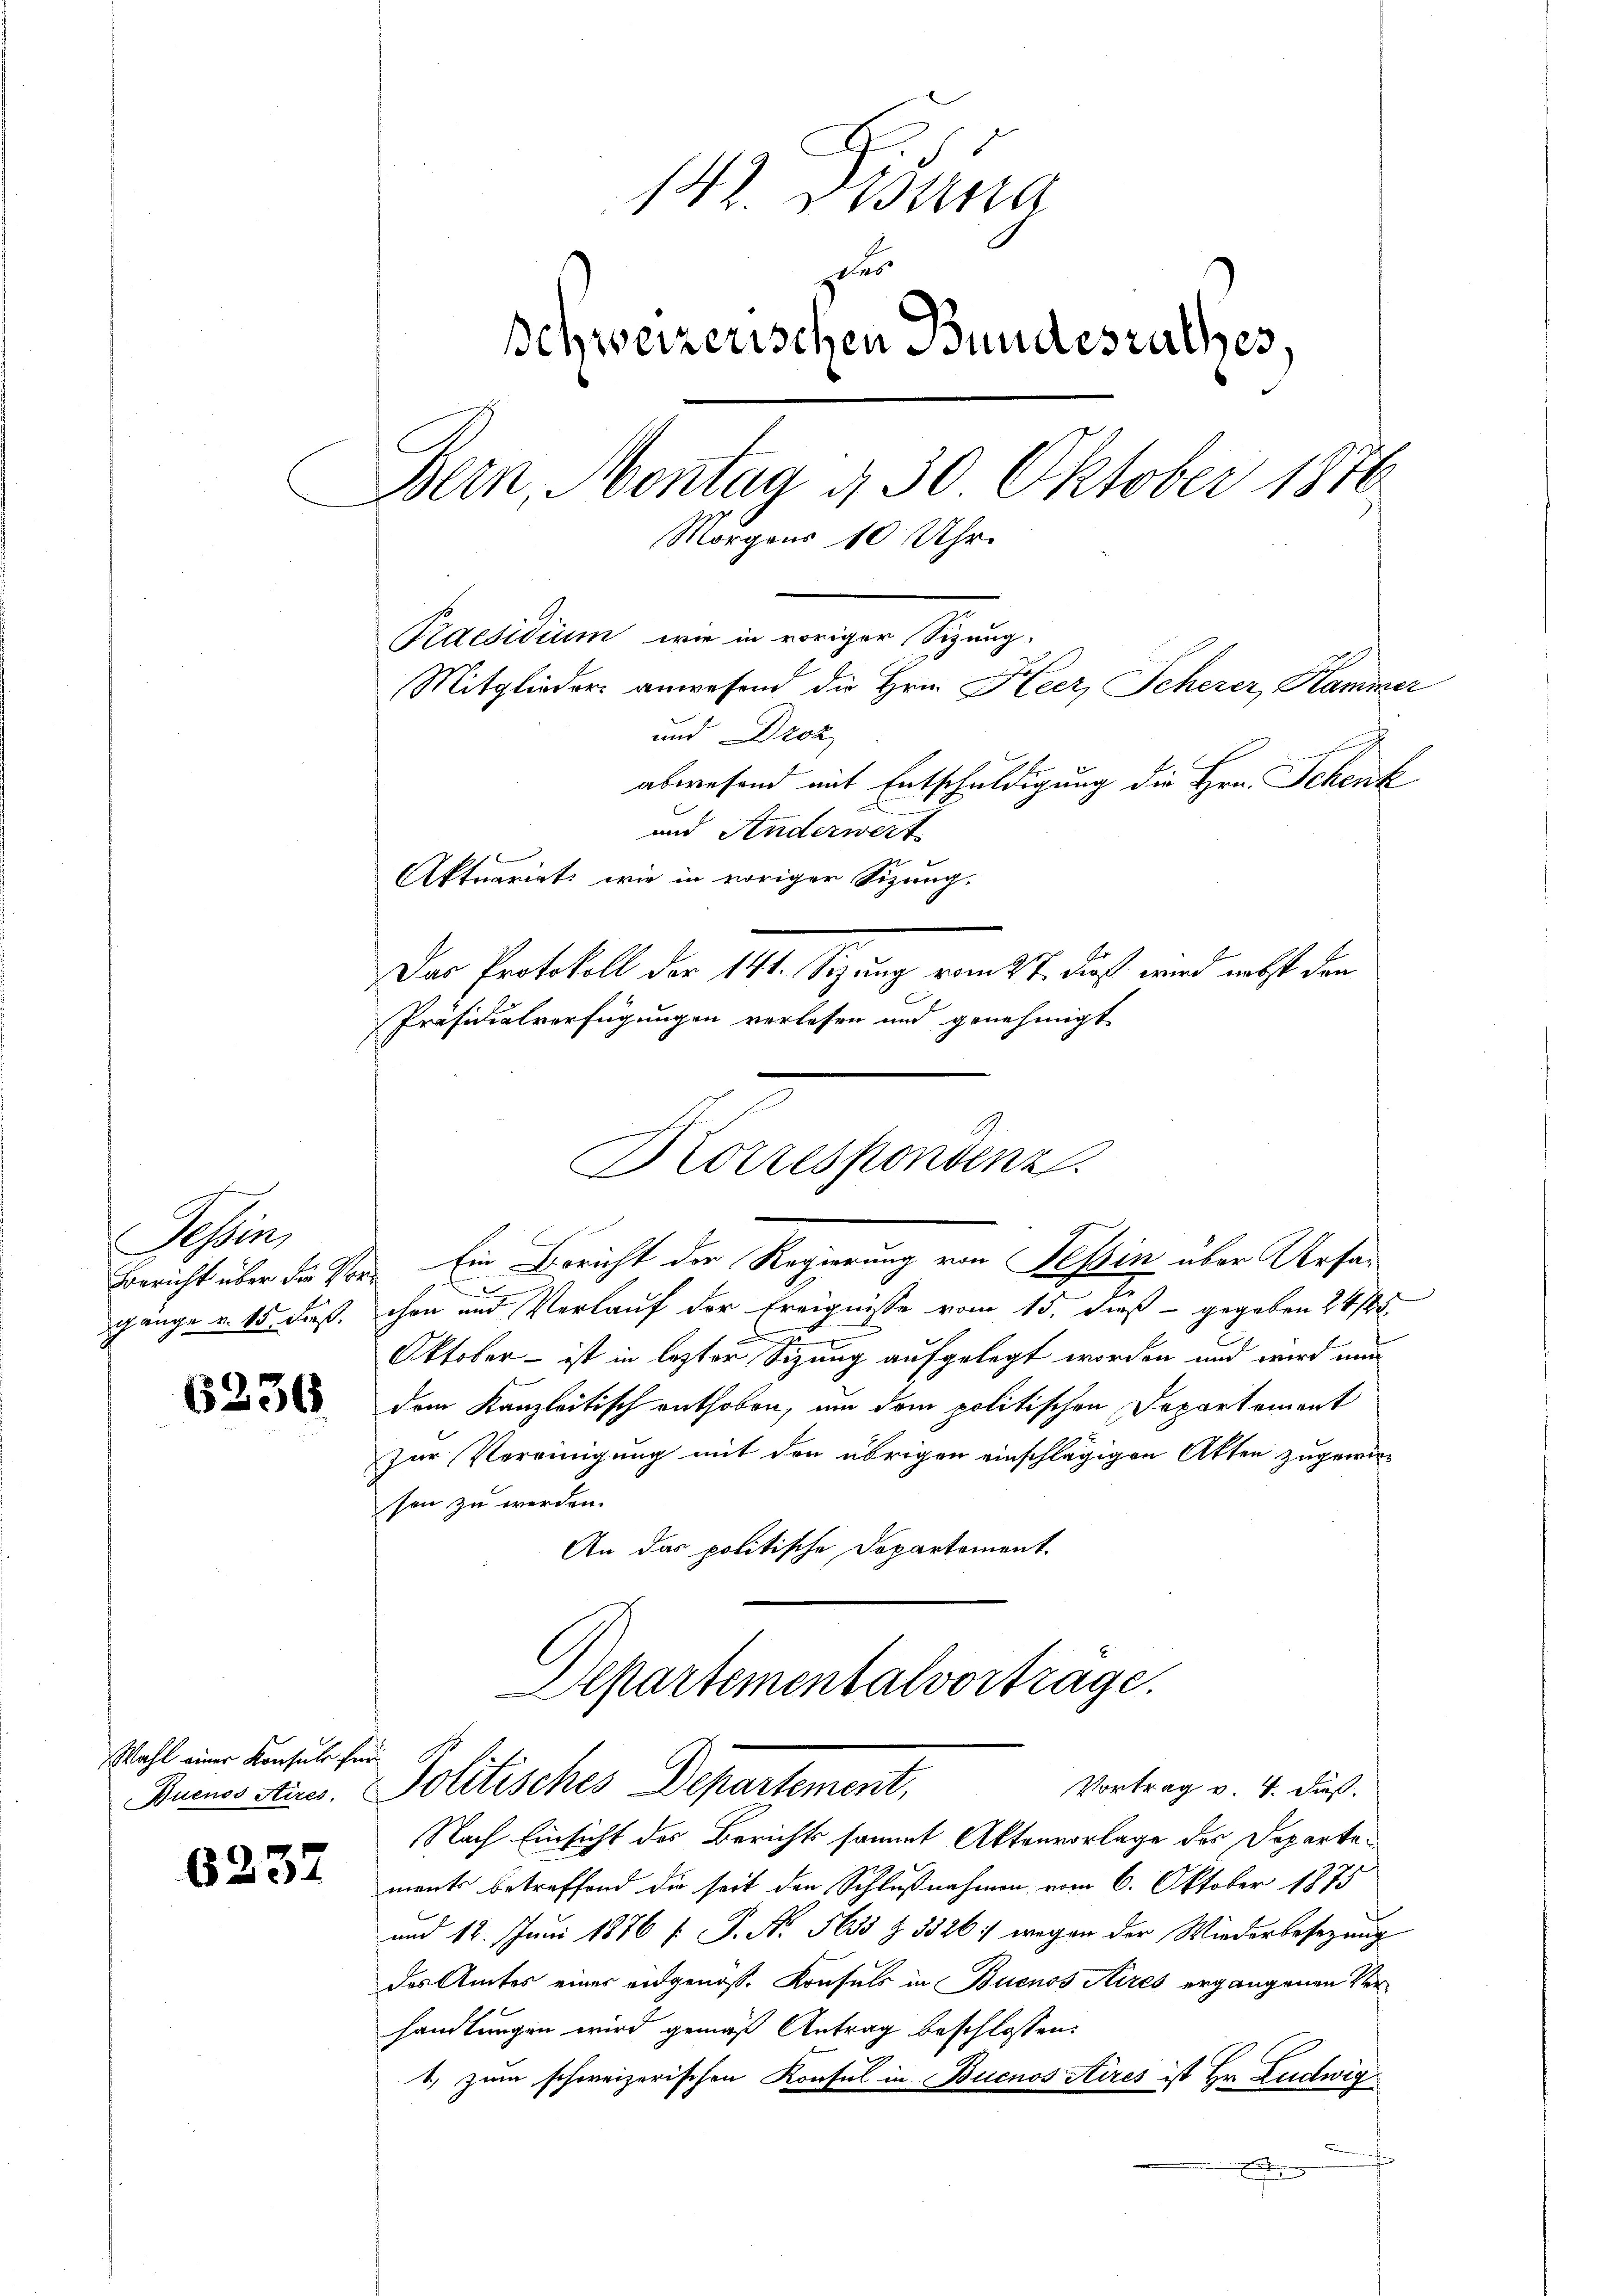
Tessin,
Bericht über die Vorgange v. 15. dieß.

6236.

Wahl einer Konsuls für

6237

142. Disuna
der
schweizerischen Bundesrathes,
Bern, Montag d. 30. Oktober 1876
Morgens 10 Uhr.
Praesidium wie in voriger Sizung,
Mitglieder anwesend die Hrn. Heer, Scherer, Kammer
und Droz
abwesend mit Entschuldigung die Hrn. Schenk
und Anderwert

7
chon und Verlauf der Ereignisse vom 15. dieß gegeben 24/12
Oktober - ist in lezter Sizung aufgelegt worden und wird nun
dem Kanzleitisch enthoben, um dem politischen Departement
Zur Vereinigung mit den übrigen einschlägigen Akten zugewie-
son zu werden.
An das politische Departement
Apartementalvortrage.
Vortrag v. 4. dieß.
Buenos Ain Politisches Departement,
Nach Einsicht des Berichts sammt Aktenvorlage des Departements betreffend die seit den Schlußnahmen vom 6. Oktober 1875
und 12. Juni 1876 f. P. Nr. 5655 Z 3526 wegen der Wiederbesezung
des Amtes einer eidgenoss. Konsuls in Buenos Aires ergangenen Verhandlungen wird gemäß Antrag beschlossen:
1) zum schweizerischen Konsul in Buenos Aires ist Hr. Ludwig
x

Aktuarigt, wie in voriger Sizung.
Das Protokoll der 141. Sizung vom 27. dieß wird nebst den
Präsidialverfügungen verlesen und genehmigt
Korrespondenz.
Ein Bericht der Regierung von Tessin über Ursa-